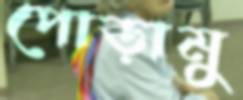
পোড়ামু